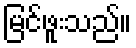
မြင်ဖူးသည်။